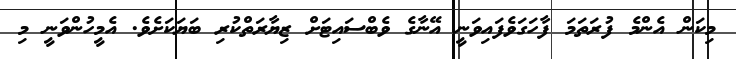
މިކަން އެންމެ ފުރަތަމަ ފާހަގަވެފައިވަނީ އޭނާގެ ވެބްސައިޓަށް ޒިޔާރަތްކުރި ބަޔަކަށެވެ. އެމީހުންވަނީ މި